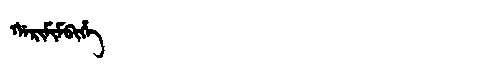
Manchu: ᡤᠠᡵᡳᠮᡳᠮᠪᡳᡥᡝ
Romanization: GARIMIMBIHE